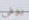
يوفي